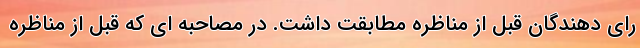
رای دهندگان قبل از مناظره مطابقت داشت. در مصاحبه ای که قبل از مناظره